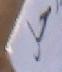
حل